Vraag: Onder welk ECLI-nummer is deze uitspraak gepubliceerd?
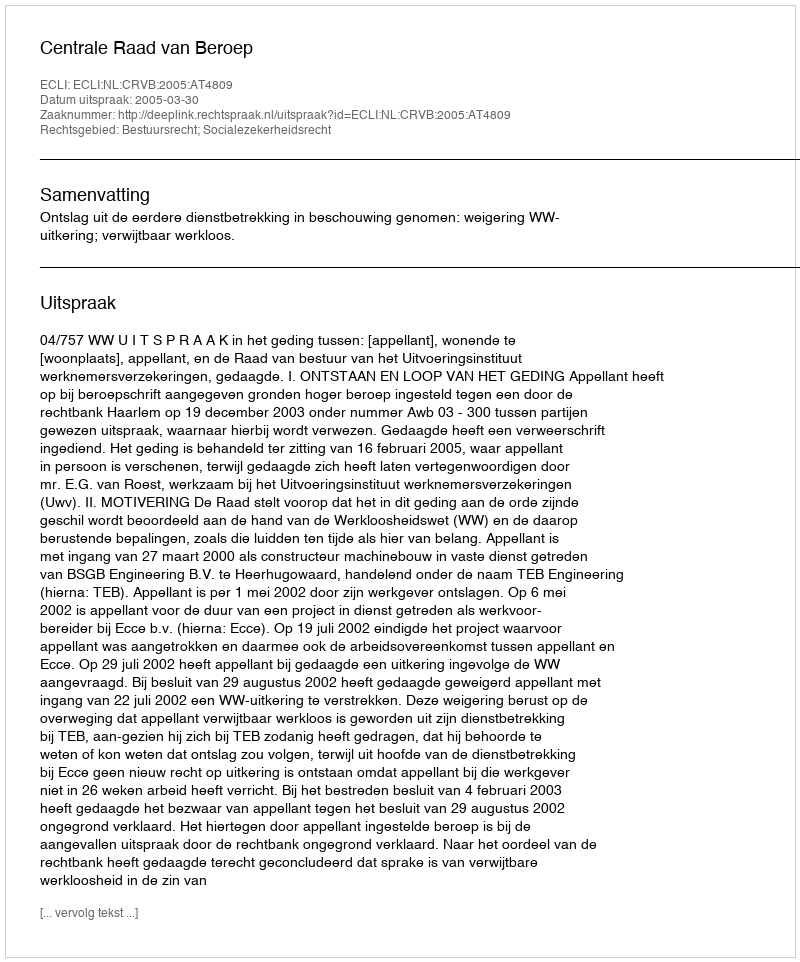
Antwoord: ECLI:NL:CRVB:2005:AT4809